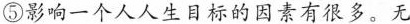
⑤影响一个人人生目标的因素有很多。无